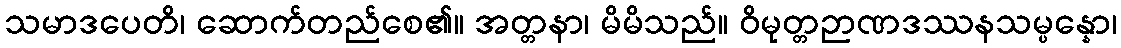
သမာဒပေတိ၊ ဆောက်တည်စေ၏။ အတ္တနာ၊ မိမိသည်။ ဝိမုတ္တဉာဏဒဿနသမ္ပန္နော၊